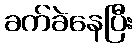
ခက်ခဲနေပြီး